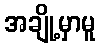
အချို့မှာမူ